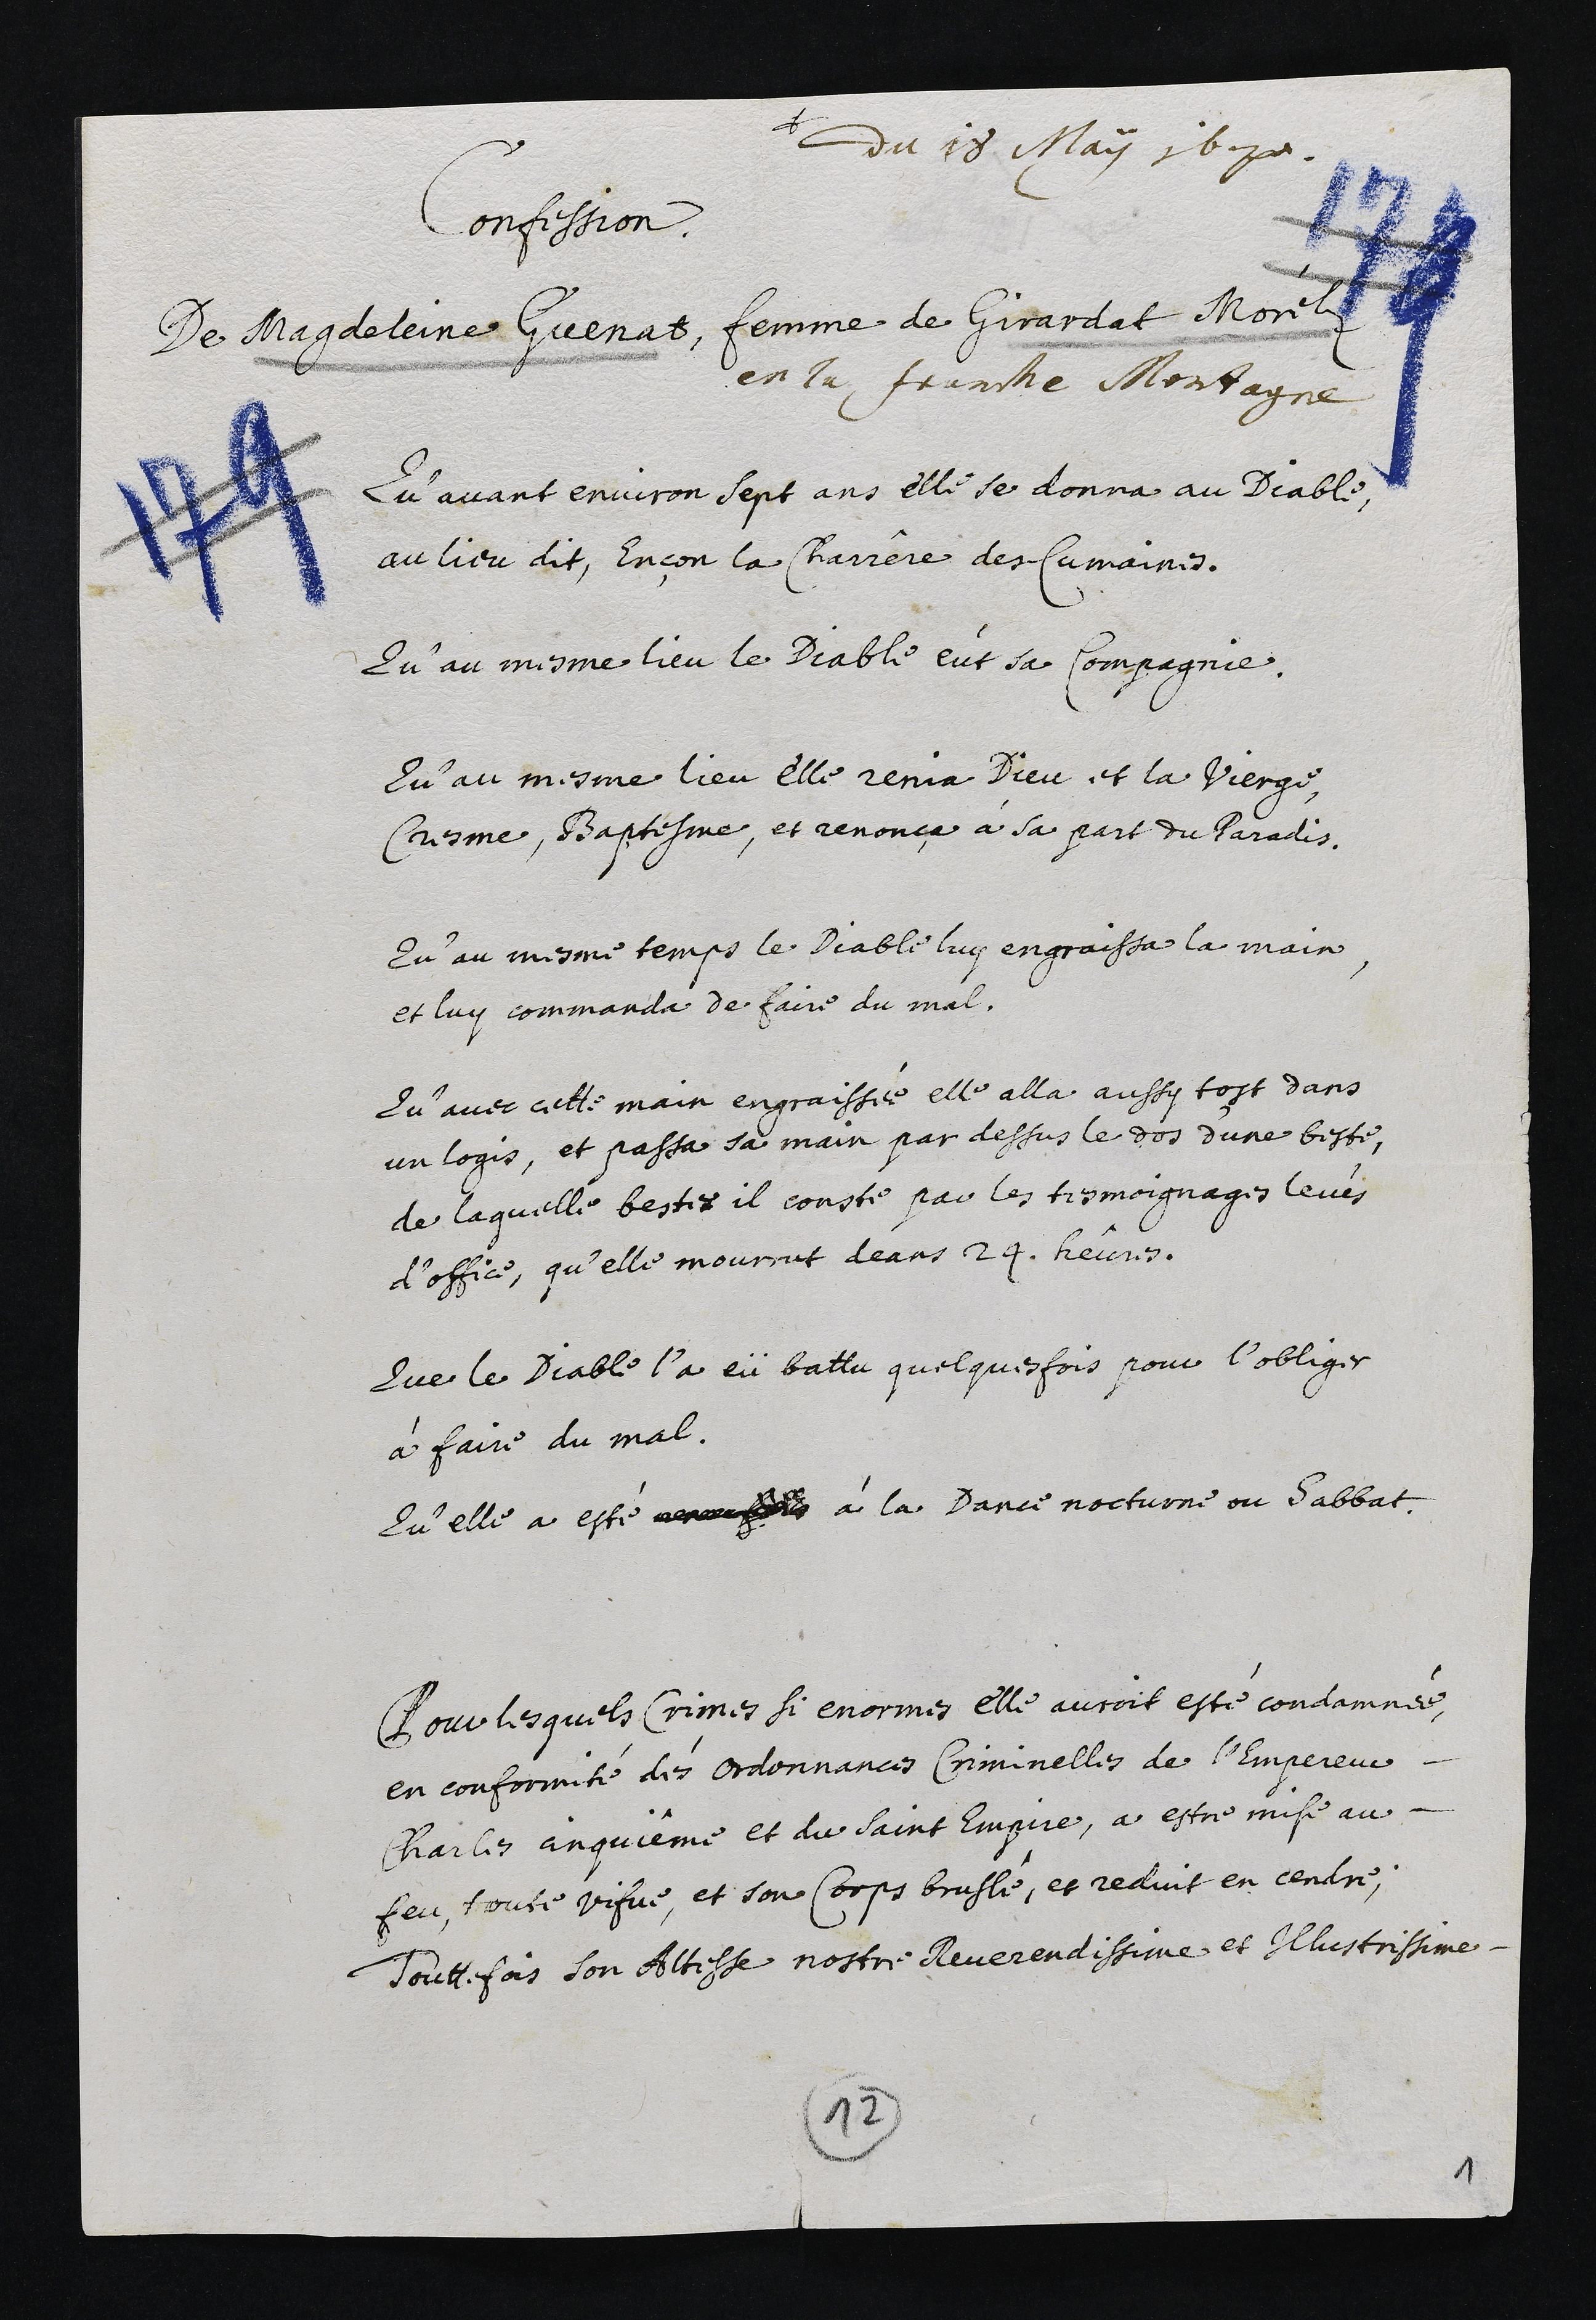
+
du 18 May 16170.
Confession
De Magdeleine Guenat, femme de Girardat Morel
en la Franche Montagne
Qu’avant environ sept ans elle se donna au Diable
au lieu dit, Encon la Chariere des Cumaines.
Qu’au mesme lieu le Diable eut sa Compagnie.
Qu’au mesme lieu elle renia Dieu et la Vierge
Cresme, B’aptesme, et renonçe à sa part du Paradis,
Qu’au mesme temps le Diable luy engraissa la main
et luy commanda de faire du mal.
Qu’avec cette main engraissée elle alla aussy tost dans
un logis, et passa sa main par dessus le dos d’une beste,
de laquelle bestes il conste par les tesmoignages leves,
d’office, qu’elle mourrut deans 24 heures.
Que le Diable l’a eü battu quelquesfois pour l’obliger
à faire du mal.
Qu’elle a esté ancusl à la Dance nocturne ou Sabbat
Pour lesquels Crimes si enormes elle auroit esté condamnee
en conformite des Ordonnances Criminelles de l’empereur
Charles anquieme et du saint Empue, à estre mise au-
feu, toute vifve, et son Corps brusle, et reduit en cendre,
Touttefois son Altesse nostre Reverendissime et Illustrissime.